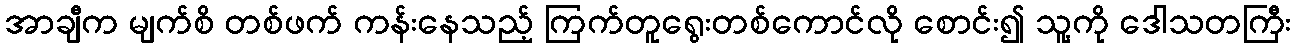
အာချီက မျက်စိ တစ်ဖက် ကန်းနေသည့် ကြက်တူရွေးတစ်ကောင်လို စောင်း၍ သူ့ကို ဒေါသတကြီး